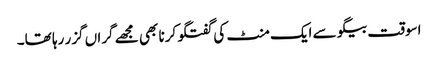
اسوقت بیگو سے ایک منٹ کی گفتگو کرنا بھی مجھے گراں گزر رہا تھا۔